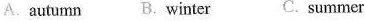
A. autumn B. Winter C. summer